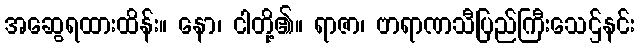
အဆွေရထားထိန်း။ နော၊ ငါတို့၏။ ရာဇာ၊ ဗာရာဏသီပြည်ကြီးသေဌ်နင်း